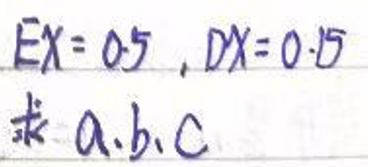
$EX = 0.5, DX = 0.5$

求\(a,b,c\)